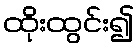
ထိုးထွင်း၍